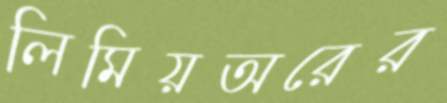
লিমিয়অরের